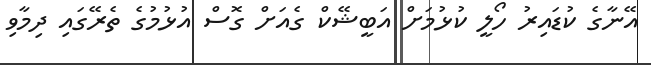
އޭނާގެ ކުޑައިރު ހޯލީ ކުޅުމަށް އަބީޝޭކް ގެއަށް ގޮސް އުޅުމުގެ ތެރޭގައި ދިމާވި